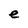
Character: e